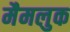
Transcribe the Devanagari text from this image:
मैमलुक